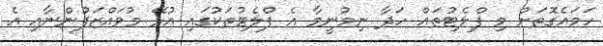
ހަމައެގޮތަށް މި ފްލެޓުތައް ހަދާ ނިމުނީމާ އެ ފްލެޓުތަކުގައި އުޅޭ މުވައްޒަފުންނާއި އެ